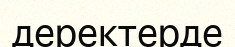
деректерде